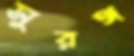
সুরঙ্গ